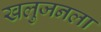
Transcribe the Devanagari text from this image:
खलुजनला